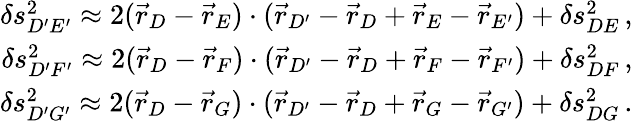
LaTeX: \begin{array}{r}{\delta s_{D^{\prime}E^{\prime}}^{2}\approx 2(\vec{r}_{D}-\vec{r}_{E})\cdot(\vec{r}_{D^{\prime}}-\vec{r}_{D}+\vec{r}_{E}-\vec{r}_{E^{\prime}})+\delta s_{DE}^{2}\, ,}\\ {\delta s_{D^{\prime}F^{\prime}}^{2}\approx 2(\vec{r}_{D}-\vec{r}_{F})\cdot(\vec{r}_{D^{\prime}}-\vec{r}_{D}+\vec{r}_{F}-\vec{r}_{F^{\prime}})+\delta s_{DF}^{2}\, ,}\\ {\delta s_{D^{\prime}G^{\prime}}^{2}\approx 2(\vec{r}_{D}-\vec{r}_{G})\cdot(\vec{r}_{D^{\prime}}-\vec{r}_{D}+\vec{r}_{G}-\vec{r}_{G^{\prime}})+\delta s_{DG}^{2}\, .}\end{array}